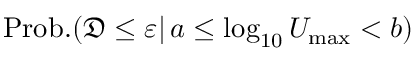
\mathrm { P r o b . } ( \mathfrak { D } \le \varepsilon \vert \, a \le \log _ { 1 0 } U _ { \mathrm { m a x } } < b )